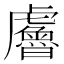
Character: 𧈘